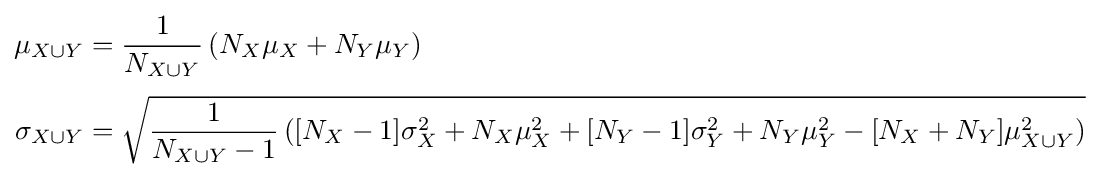
{\begin{aligned}\mu _{X\cup Y}&={\frac {1}{N_{X\cup Y}}}\left(N_{X}\mu _{X}+N_{Y}\mu _{Y}\right)\\[3pt]\sigma _{X\cup Y}&={\sqrt {{\frac {1}{N_{X\cup Y}-1}}\left([N_{X}-1]\sigma _{X}^{2}+N_{X}\mu _{X}^{2}+[N_{Y}-1]\sigma _{Y}^{2}+N_{Y}\mu _{Y}^{2}-[N_{X}+N_{Y}]\mu _{X\cup Y}^{2}\right)}}\end{aligned}}